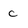
Character: c